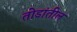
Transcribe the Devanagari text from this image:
तोडांतील